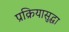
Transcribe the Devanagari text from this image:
प्रक्रियासुद्धा